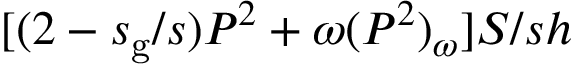
[ ( 2 - s _ { \mathrm { g } } / s ) P ^ { 2 } + \omega ( P ^ { 2 } ) _ { \omega } ] S / s h